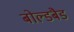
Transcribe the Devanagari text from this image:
बोल्डबैड